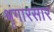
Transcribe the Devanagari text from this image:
श्रृंगारसार